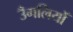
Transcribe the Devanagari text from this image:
उँगलियोँ